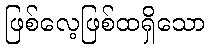
ဖြစ်လေ့ဖြစ်ထရှိသော